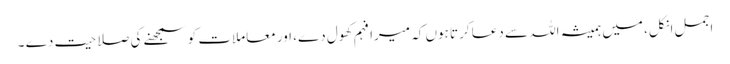
اجمل انکل، میں ہمیشہ اللہ سے دعا کرتا ہوں کہ میرا فہم کھول دے، اور معاملات کو سمجھنے کی صلاحیت دے ۔